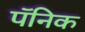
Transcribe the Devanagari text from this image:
पॅनिक